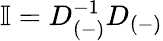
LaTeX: \mathbb{I}=D_{(-)}^{-1}D_{(-)}